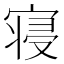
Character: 寝